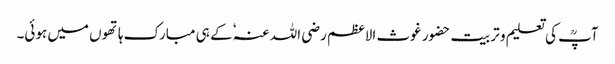
آپؒ کی تعلیم و تربیت حضور غوث الاعظم رضی اللہ عنہٗ کے ہی مبارک ہاتھوں میں ہوئی۔